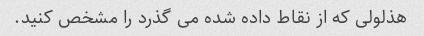
هذلولی که از نقاط داده شده می گذرد را مشخص کنید.